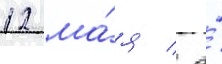
12 ма́я / а́